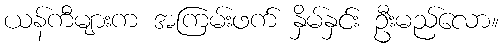
ယန်ကီများက အကြမ်းဖက် နှိမ်နှင်း ဦးမည်လော။